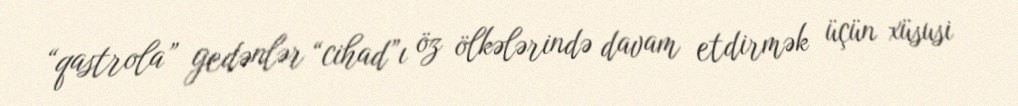
“qastrola” gedənlər “cihad”ı öz ölkələrində davam etdirmək üçün xüsusi